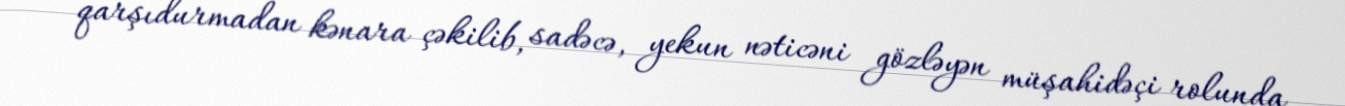
qarşıdurmadan kənara çəkilib, sadəcə, yekun nəticəni gözləyən müşahidəçi rolunda